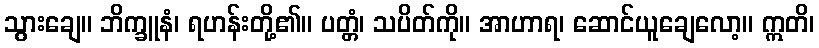
သွားချေ။ ဘိက္ခူနံ၊ ရဟန်းတို့၏။ ပတ္တံ၊ သပိတ်ကို။ အာဟာရ၊ ဆောင်ယူချေလော့။ ဣတိ၊